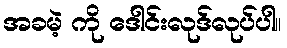
အခမဲ့ ကို ဒေါင်းလုဒ်လုပ်ပါ။